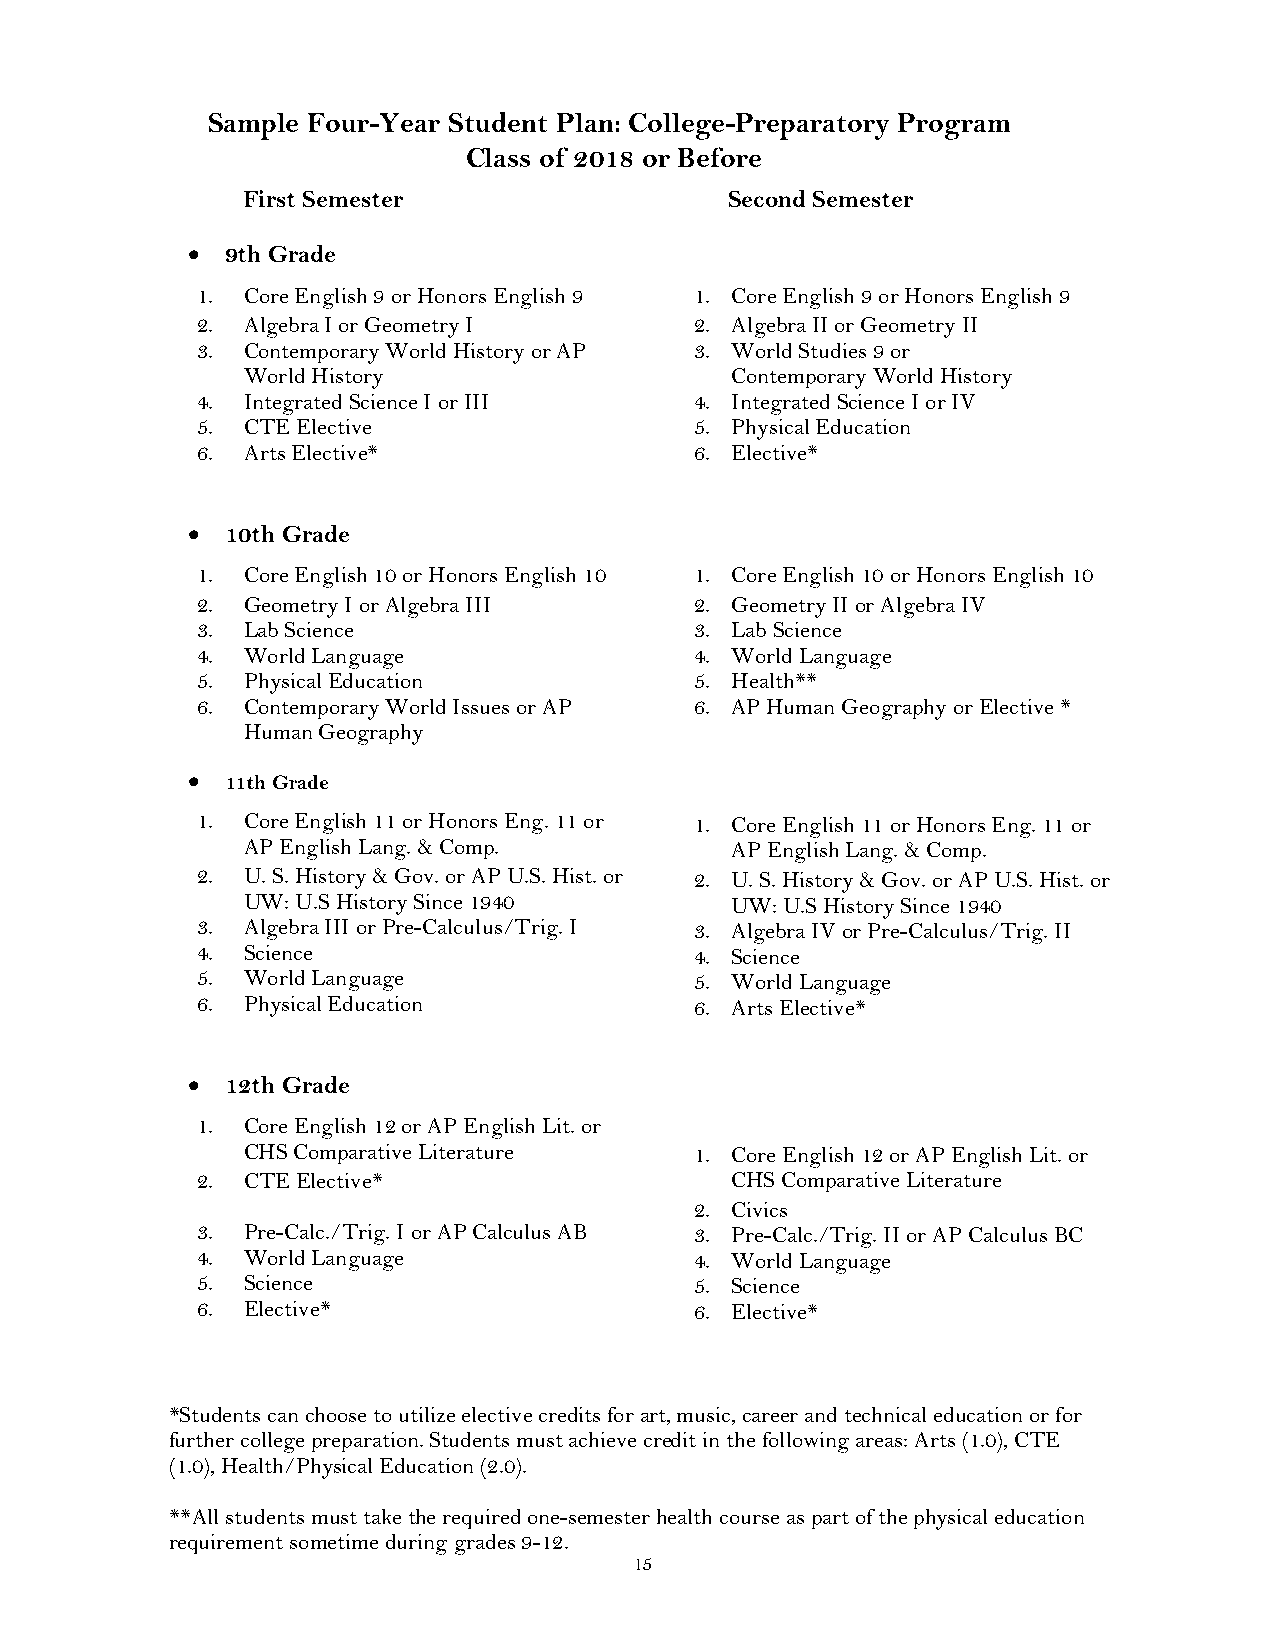
Sample Four-Year Student Plan: College-Preparatory Program
 Class of 2018 or Before
 First Semester                  Second Semester
 •  9th Grade
 1. Core English 9 or Honors English 9 1. Core English 9 or Honors English 9
 2. Algebra I or Geometry I       2. Algebra II or Geometry II
 3. Contemporary World History or AP 3. World Studies 9 or
 World History                   Contemporary World History
 4. Integrated Science I or III   4. Integrated Science I or IV
 5. CTE Elective                  5. Physical Education
 6. Arts Elective*                6. Elective*
 •  10th Grade
 1. Core English 10 or Honors English 10 1. Core English 10 or Honors English 10
 2. Geometry I or Algebra III     2. Geometry II or Algebra IV
 3. Lab Science                   3. Lab Science
 4. World Language                4. World Language
 5. Physical Education            5. Health**
 6. Contemporary World Issues or AP 6. AP Human Geography or Elective *
 Human Geography
 •  11th Grade
 1. Core English 11 or Honors Eng. 11 or 1. Core English 11 or Honors Eng. 11 or
 AP English Lang. & Comp.        AP English Lang. & Comp.
 2. U. S. History & Gov. or AP U.S. Hist. or 2. U. S. History & Gov. or AP U.S. Hist. or
 UW: U.S History Since 1940      UW: U.S History Since 1940
 3. Algebra III or Pre-Calculus/Trig. I 3. Algebra IV or Pre-Calculus/Trig. II
 4. Science                       4. Science
 5. World Language                5. World Language
 6. Physical Education            6. Arts Elective*
 •  12th Grade
 1. Core English 12 or AP English Lit. or
 CHS Comparative Literature    1. Core English 12 or AP English Lit. or
 2. CTE Elective*                   CHS Comparative Literature
 2. Civics
 3. Pre-Calc./Trig. I or AP Calculus AB 3. Pre-Calc./Trig. II or AP Calculus BC
 4. World Language                4. World Language
 5. Science                       5. Science
 6. Elective*                     6. Elective*
 *Students can choose to utilize elective credits for art, music, career and technical education or for
 further college preparation. Students must achieve credit in the following areas: Arts (1.0), CTE
 (1.0), Health/Physical Education (2.0).
 **All students must take the required one-semester health course as part of the physical education
 requirement sometime during grades 9-12.
 15